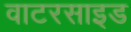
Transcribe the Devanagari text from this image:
वाटरसाइड